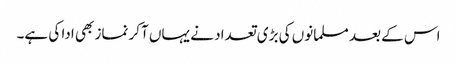
اس کے بعد مسلمانوں کی بڑی تعداد نے یہاں آکر نماز بھی ادا کی ہے۔